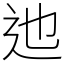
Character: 迆